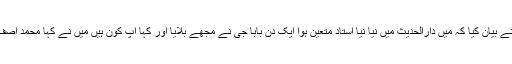
ہمیں فضیلۃ الشیخ محمد آصف سلفی حفظہ اللہ مدرس دارالحدیث راجووال نے بیان کیا کہ میں دارالحدیث میں نیا نیا استاد متعین ہوا ایک دن بابا جی نے مجھے بلایا اور کہا آپ کون ہیں میں نے کہا محمد آصف سلفی توا س پر بابا جی سخت ناراض ہوئے اور مجھے اچھا خاصہ ڈانٹا۔